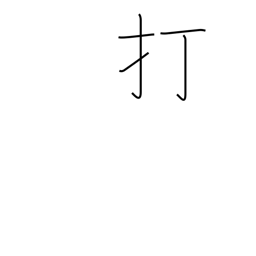
Meaning: knock